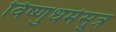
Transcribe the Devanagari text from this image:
विष्णुधर्मसूत्र